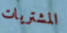
المشتريات